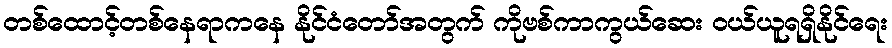
တစ်ထောင့်တစ်နေရာကနေ နိုင်ငံတော်အတွက် ကိုဗစ်ကာကွယ်ဆေး ဝယ်ယူရရှိနိုင်ရေး